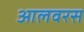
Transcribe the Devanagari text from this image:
आलवरस